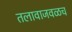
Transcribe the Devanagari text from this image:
तलावाजवळच